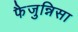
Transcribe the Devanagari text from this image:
फैजुन्निसा